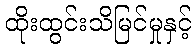
ထိုးထွင်းသိမြင်မှုနှင့်